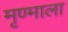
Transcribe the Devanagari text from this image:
मृण्माला